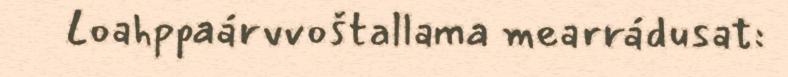
Loahppaárvvoštallama mearrádusat: